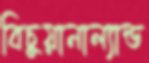
বিচুয়ানাল্যান্ড